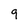
Character: 9